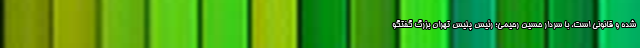
شده و قانونی است، با سردار حسین رحیمی؛ رئیس پلیس تهران بزرگ گفتگو